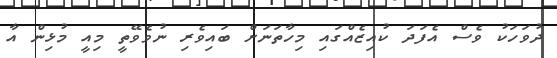
ދުވަހަކު ވެސް އެފަދަ ކުއިޒެއްގައި މިހާތަނަށް ބައިވެރި ނުވެވޭތީ މިއީ މުޅިން އާ